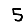
Digit: 5